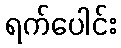
ရက်ပေါင်း